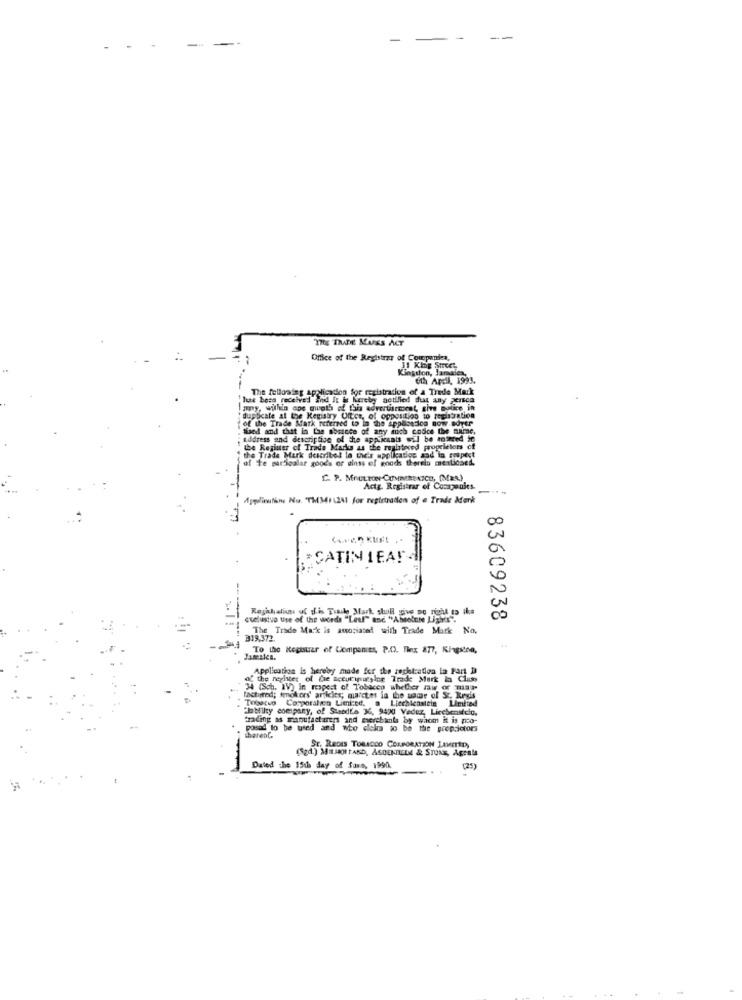
-
-
THE TRADE MARKS ACT
Office of the Registru of Companies,
11 King Street
Kingston, Jamaica,
6th Andl, 1993.
The following application for registration of a Trade Mark
has been received and it is herebyy actilied dit any persca
zapy, willia cope migth of this advertisement, give notice, in
duphcate at the Registry Oftice, of opposition to registration
of the Trade Mark referred to in the appleblog now Boyer
Bed and that in Las abetcce of any such codice the same,
address and descriptive of the applicants wil be entered de
the Rosiner of Trade Marks as the registered proprietors of
the Trade Mark describel le dis wpolkatios zad in rotpest
af te particalar goods or aloss of goods thereis cieaticaed.
Actg. Registrar of Companies.
Appelintins Nu. TM3411241 for registration of @ Trade Mark
SATIN IEAT-
Raghlation of dis Trade Mark shall give so right to ika
culustua use of the words "Leaf" and "Absolute Light".
83609238
The Trade Mark is associated with Trade Mark No.
319,372.
To the Registrar of Companies, P.O. Flex 877, Kingsina,
Jamalca.
Application is hereby made for the rechtradioa la Part D
of the register of Ce accuripuyine Trade Mark la Clase
34 (Sch. IV) In respect of Tobacco whether raw of may-
of may
Factored; smokers' articles; quiches in the war of St. Regis
Togotwo Corporation Limi:ce,
Liechtenstein Limited
bblty company, of Staedta 36, 9420 Vaduz, Licchenstein,
ading as manufacturers and merchants by whom it is nco-
posad to be used and who cieka to be the grepsictors
TherenC.
(Spd.) 3418.301 fAND, ASDENTILLM & STONE, Agents
St. REDts TOBACCO CORPORATION LIMITED,
Dated the 15th day of Sama, 1990
(25)